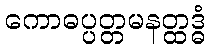
ကောဓပ္ပတ္တမနတ္ထဒ္ဓံ